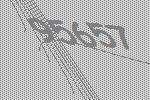
95657